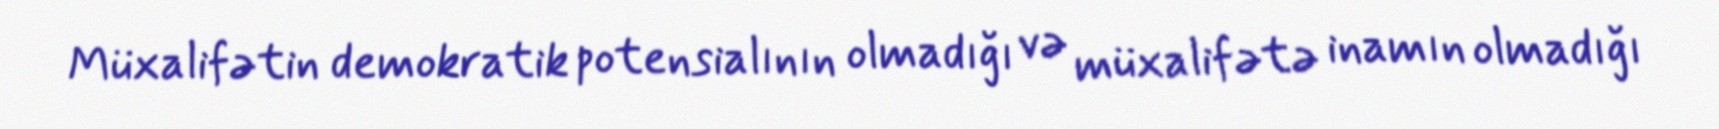
Müxalifətin demokratik potensialının olmadığı və müxalifətə inamın olmadığı